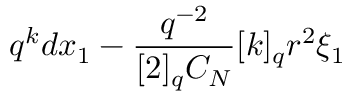
q ^ { k } d x _ { 1 } - \frac { q ^ { - 2 } } { [ 2 ] _ { q } C _ { N } } [ k ] _ { q } r ^ { 2 } \xi _ { 1 }